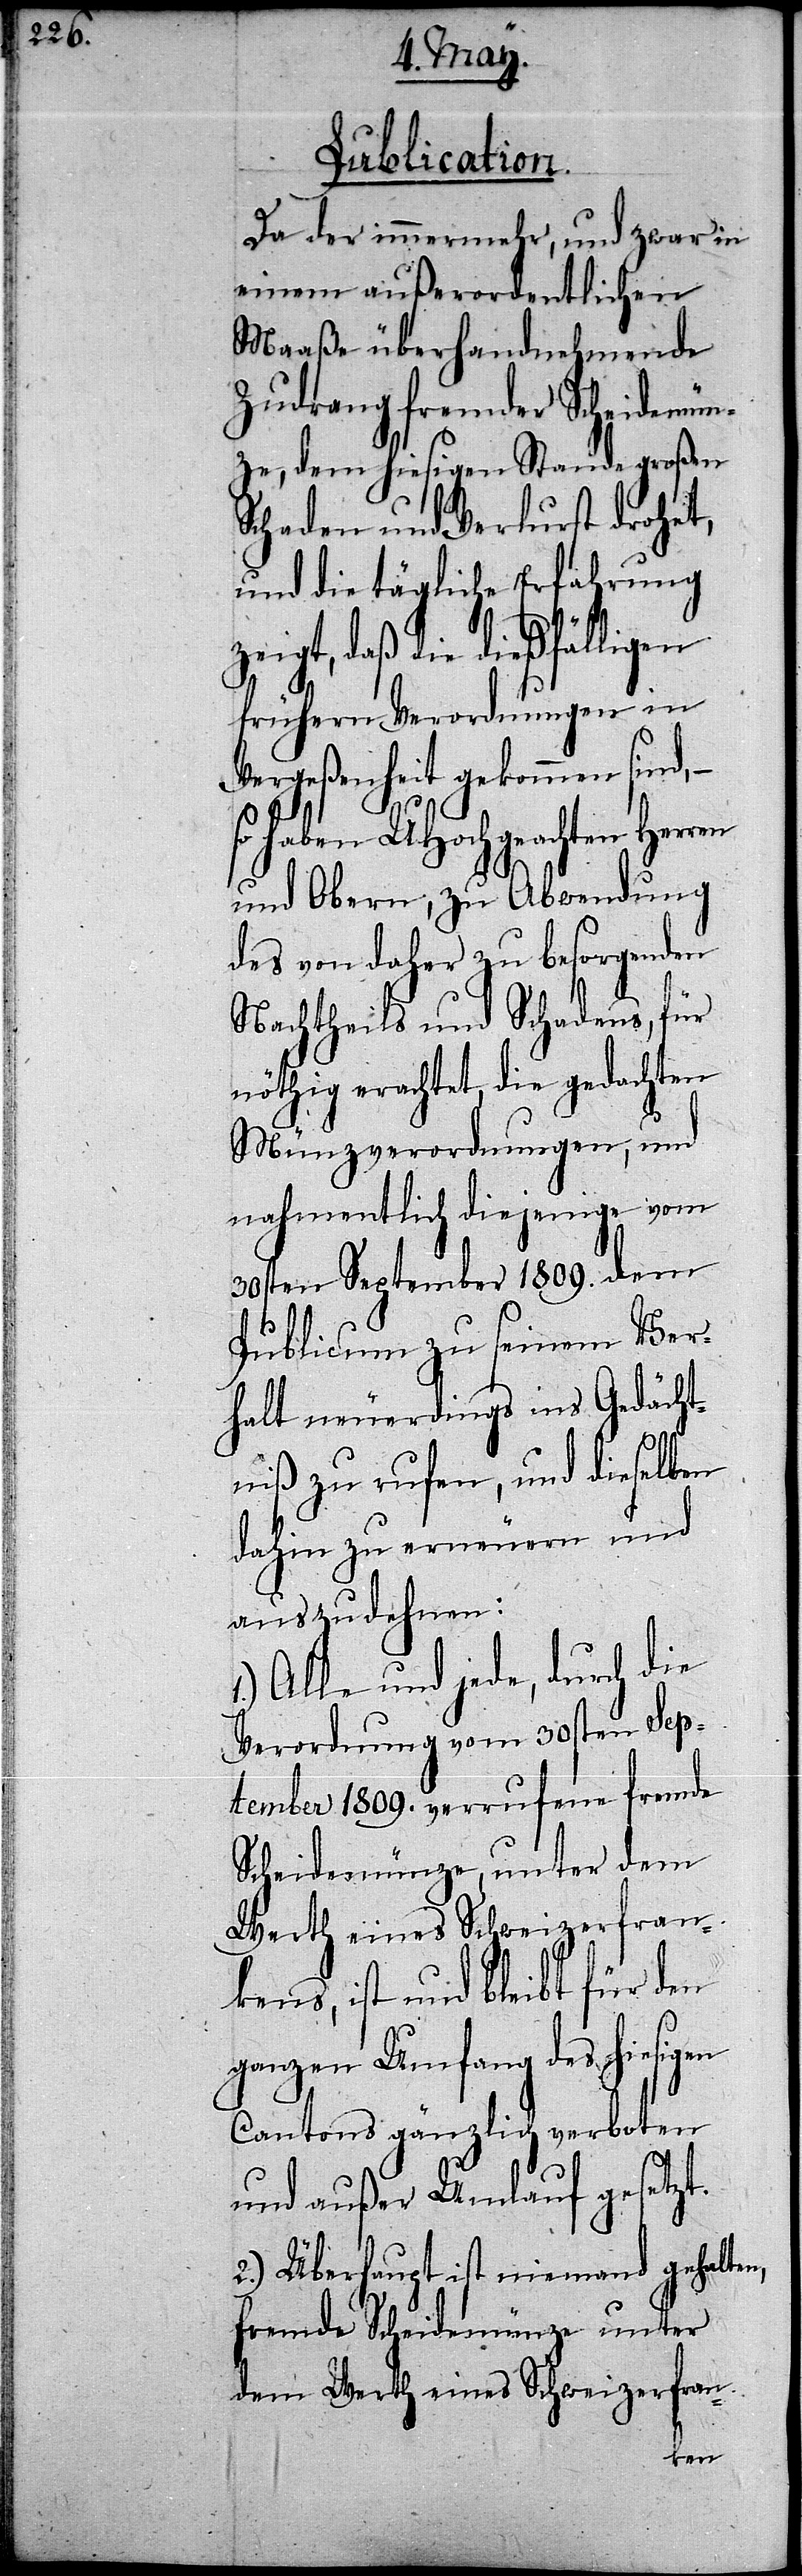
Publication.
Da der immermehr, und zwar in
einem außerordentlichen
Maaße überhandnehmende
Zudrang fremder Scheidemün¬
ze, dem hiesigen Stande großen
Schaden und Verlurst drohet,
und die tägliche Erfahrung
zeigt, daß die dießfälligen
frühern Verordnungen
Vergeßenheit gekommen sind,
so haben UHochgeachten Her¬
und Obern, zu Abwendung
des von daher zu besorgenden
Nachtheils und Schadens, für
nöthig erachtet, die gedachten
Münzverordnungen, und
nahmentlich diejenige vom
30sten September 1809. dem
Publicum zu seinem Ver¬
halt neuerdings ins Gedächt¬
niß zu rufen, und dieselben
dahin zu erneuern und
auszudehnen:
Alle und jede, durch die
Verordnung vom 30sten Sep¬
tember 1809. verrufene fremde
Scheidmünze, unter dem
Werth eines Schweizerfran¬
kens, ist und bleibt für den
ganzen Umfang des hiesigen
Cantons gänzlich verboten
und außer Umlauf gesetzt.
2.) Überhaupt ist niemand gehalten,
fremde Scheidemünze unter
dem Werth eines Schweizerfran-
ren